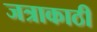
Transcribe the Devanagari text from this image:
जत्राकाठी